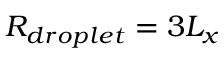
R _ { d r o p l e t } = 3 L _ { x }